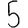
Digit: 5